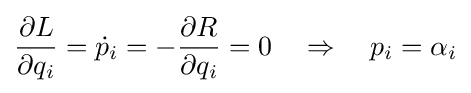
{\frac {\partial L}{\partial q_{i}}}={\dot {p}}_{i}=-{\frac {\partial R}{\partial q_{i}}}=0\quad \Rightarrow \quad p_{i}=\alpha _{i}